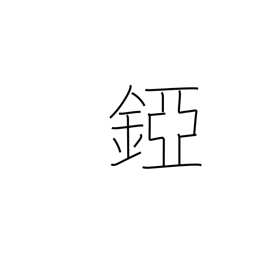
Meaning: helmet neck guard